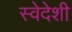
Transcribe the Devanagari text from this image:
स्वेदेशी